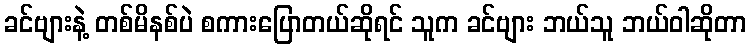
ခင်ဗျားနဲ့ တစ်မိနစ်ပဲ စကားပြောတယ်ဆိုရင် သူက ခင်ဗျား ဘယ်သူ ဘယ်ဝါဆိုတာ